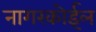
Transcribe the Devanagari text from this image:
नागरकोईल